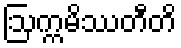
ဩက္ကမိဿတီတိ